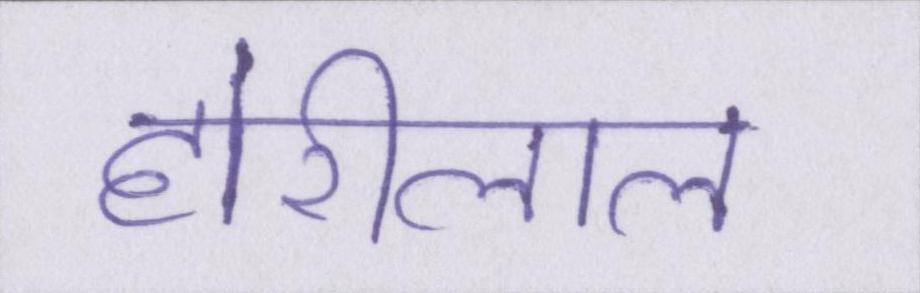
होरीलाल